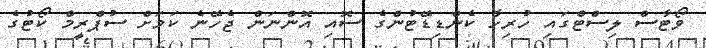
ވޯޓާސް ލިސްޓްގައި ހުރިހާ ކެންޑިޑޭޓުންގެ ސޮއި އޮންނަން ޖެހޭނެ ކަމަށް ސުޕްރީމް ކޯޓުގެ